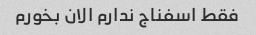
فقط اسفناج ندارم الان بخورم